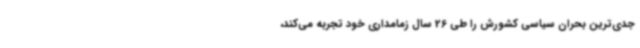
جدی‌ترین بحران سیاسی کشورش را طی 26 سال زمامداری خود تجربه می‌کند،